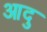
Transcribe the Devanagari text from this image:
आदु